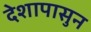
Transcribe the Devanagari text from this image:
देशापासुन